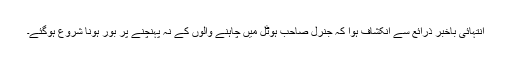
انتہائی باخبر ذرائع سے انکشاف ہوا کہ جنرل صاحب ہوٹل میں چاہنے والوں کے نہ پہنچنے پر بور ہونا شروع ہوگئے۔